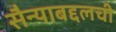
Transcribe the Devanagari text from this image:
सैन्याबद्दलची